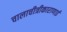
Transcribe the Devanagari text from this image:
चालाचीत्रीकाराणाई